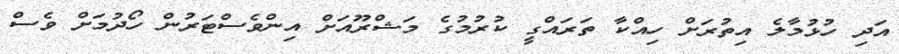
އަދި ހުޅުމާލެ އިތުރަށް ހިއްކާ ތަރައްގީ ކުރުމުގެ މަޝްރޫއަށް އިންވެސްޓަރުން ހޯދުމަށް ވެސް